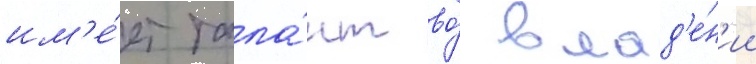
им'е́ет тала́нт во́ влад'е́н'ии